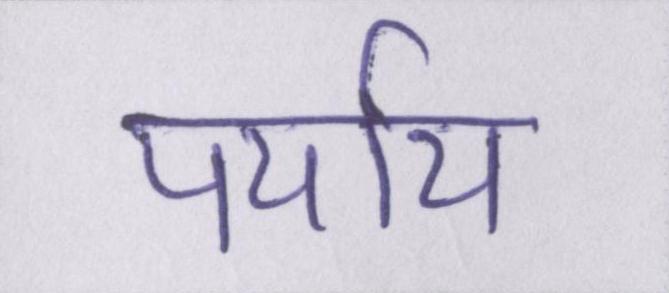
पर्याय